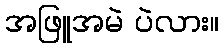
အဖြူအမဲ ပဲလား။